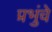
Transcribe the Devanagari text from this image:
प्रभुंचे